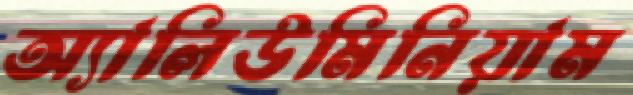
অ্যালিউমিনিয়াম